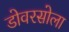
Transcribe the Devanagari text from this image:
डोवरसोला